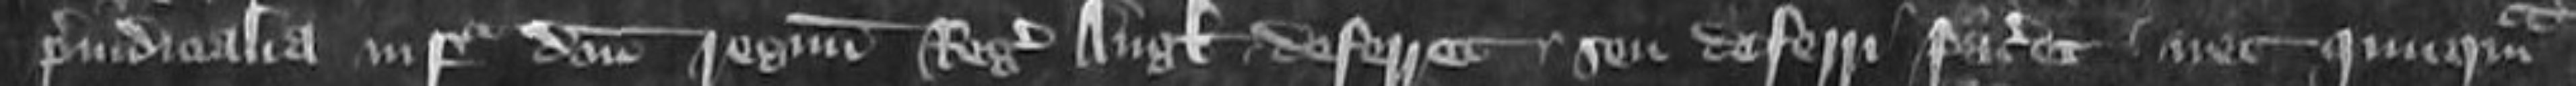
preiudicialia infra domini regnum Regis Anglie deferret seu deferri faceret nec quicquam